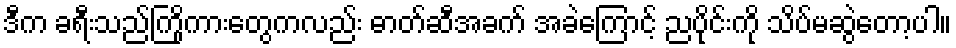
ဒီက ခရီးသည်ကြိုကားတွေကလည်း ဓာတ်ဆီအခက် အခဲကြောင့် ညပိုင်းကို သိပ်မဆွဲတော့ပါ။